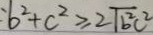
b ^ { 2 } + c ^ { 2 } \geq 2 \sqrt { b ^ { 2 } c ^ { 2 } }